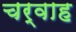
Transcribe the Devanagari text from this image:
चर्वाह